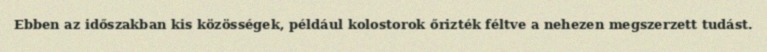
Ebben az időszakban kis közösségek, például kolostorok őrizték féltve a nehezen megszerzett tudást.